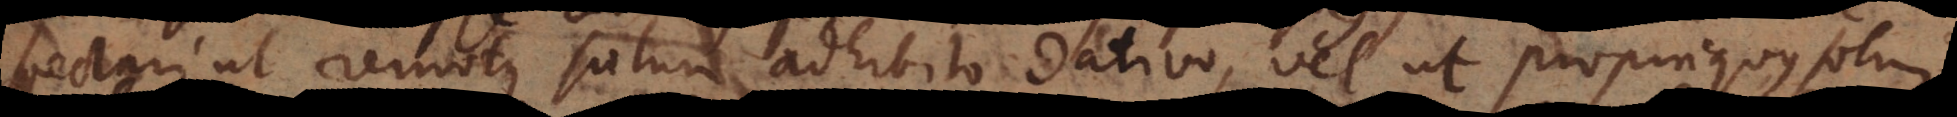
spectari ut remotus solum adhibito dativo, vel ut propinquus solum